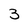
Character: 3